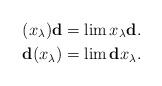
LaTeX: \begin{align*}(x_\lambda)\mathbf{d}&=\lim x_\lambda\mathbf{d}.\\\mathbf{d}(x_\lambda)&=\lim\mathbf{d}x_\lambda.\end{align*}